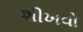
શીખવો